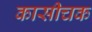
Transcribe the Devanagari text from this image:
कासीचक